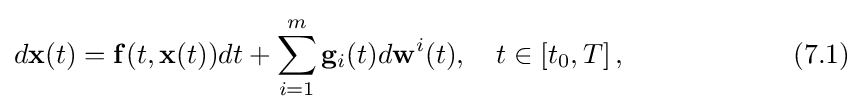
d\mathbf {x} (t)=\mathbf {f} (t,\mathbf {x} (t))dt+\sum \limits _{i=1}^{m}\mathbf {g} _{i}(t)d\mathbf {w} ^{i}(t),\quad t\in \left[t_{0},T\right],\qquad \qquad \qquad (7.1)